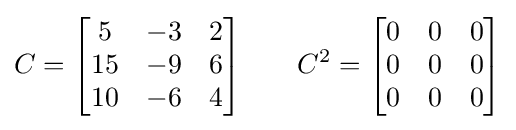
C={\begin{bmatrix}5&-3&2\\15&-9&6\\10&-6&4\end{bmatrix}}\qquad C^{2}={\begin{bmatrix}0&0&0\\0&0&0\\0&0&0\end{bmatrix}}